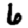
Digit: 6